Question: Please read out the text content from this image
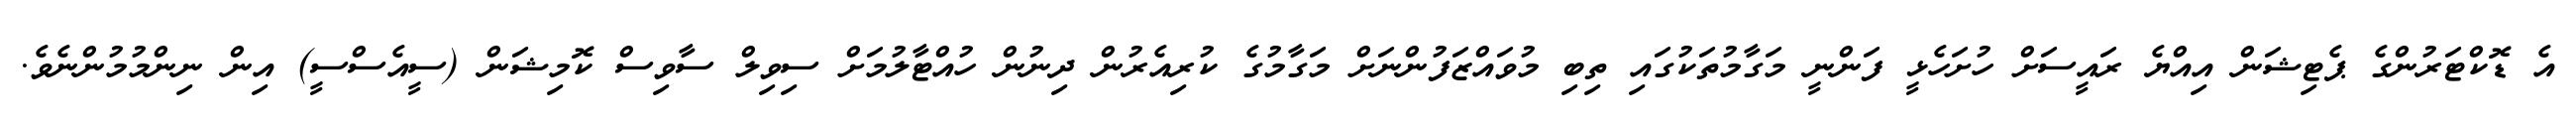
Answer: އެ ޑޮކްޓަރުންގެ ޕެޓިޝަން އިއްޔެ ރައީސަށް ހުށަހެޅީ ފަންނީ މަގާމުތަކުގައި ތިބި މުވައްޒަފުންނަށް މަގާމުގެ ކުރިއެރުން ދިނުން ހުއްޓާލުމަށް ސިވިލް ސާވިސް ކޮމިޝަން (ސީއެސްސީ) އިން ނިންމުމުންނެވެ.